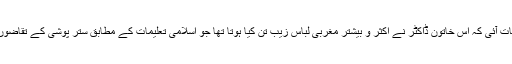
شیخ کے مشاہدہ میں یہ بات آئی کہ اس خاتون ڈاکٹر نے اکثر و بیشتر مغربی لباس زیب تن کیا ہوتا تھا جو اسلامی تعلیمات کے مطابق ستر پوشی کے تقاضوں پر پوری نہیں اترتا تھا۔